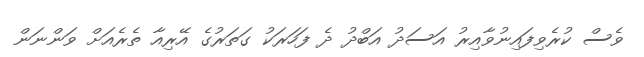
ވެސް ކުރެވިފައިނުވާއިރު އަސަދު އަބްދު ދެ ފަހަރަކު ގަތަރުގެ އޭރިއާ ތެރެއަށް ވަންނަން